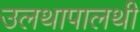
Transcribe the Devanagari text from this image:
उलथापालथी